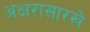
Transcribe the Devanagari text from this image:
अक्षरासारखे